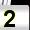
Digit: 2